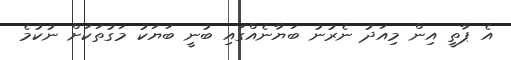
އެ ޕާތީ އިން މިއަދު ނެރުނު ބަޔާނެއްގައި ބުނީ ބަޔަކު މަގުތަކަށް ނުކުމެ